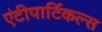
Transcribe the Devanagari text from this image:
एंटीपार्टिकल्स